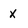
Character: x